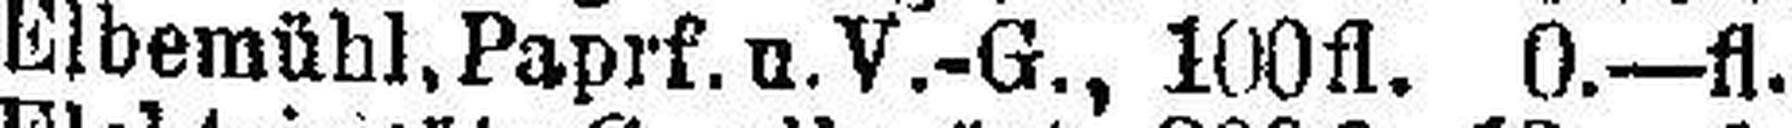
Elbemühl, Paprf. u. V.-G., 100fl. 0.—fl.